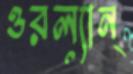
ওরল্যান্